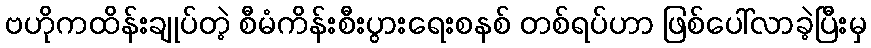
ဗဟိုကထိန်းချုပ်တဲ့ စီမံကိန်းစီးပွားရေးစနစ် တစ်ရပ်ဟာ ဖြစ်ပေါ်လာခဲ့ပြီးမှ